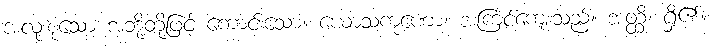
အလုံးစုံသော အဘို့တို့ဖြင့် ကောင်းသော။ ယောသကုဏော၊ အကြင်ကျေးသည်။ အတ္ထိ၊ ရှိ၏။